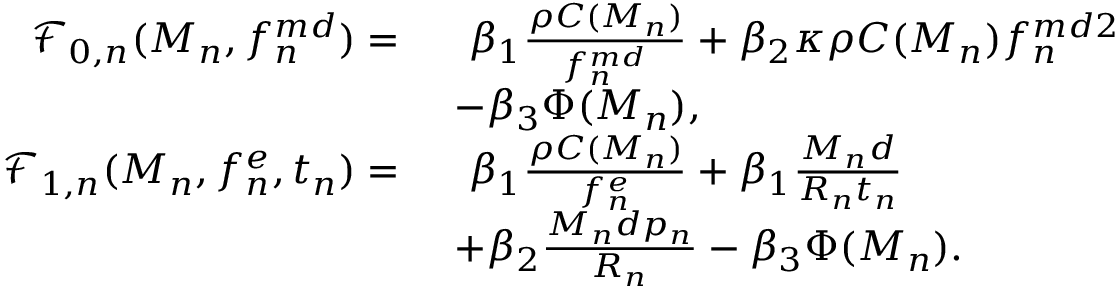
\begin{array} { r l } { \mathcal { F } _ { 0 , n } ( { M _ { n } } , { f _ { n } ^ { m d } } ) = \ } & { \ \beta _ { 1 } \frac { \rho C ( M _ { n } ) } { f _ { n } ^ { m d } } + \beta _ { 2 } \kappa \rho C ( M _ { n } ) f _ { n } ^ { m d 2 } } \\ & { - \beta _ { 3 } \Phi ( M _ { n } ) , } \\ { \mathcal { F } _ { 1 , n } ( { M _ { n } } , { f _ { n } ^ { e } } , { t _ { n } } ) = \ } & { \ \beta _ { 1 } \frac { \rho C ( M _ { n } ) } { f _ { n } ^ { e } } + \beta _ { 1 } \frac { M _ { n } d } { R _ { n } t _ { n } } } \\ & { + \beta _ { 2 } \frac { M _ { n } d p _ { n } } { R _ { n } } - \beta _ { 3 } \Phi ( M _ { n } ) . } \end{array}